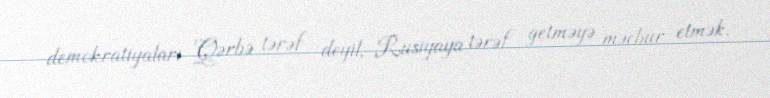
demokratiyaları Qərbə tərəf deyil, Rusiyaya tərəf getməyə məcbur etmək.